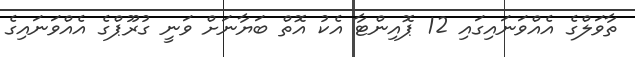
ތާވަލްގެ އެއްވަނައިގައި 12 ޕޮއިންޓާ އެކު އޮތް ބަޔާނަށް ވަނީ ގުރޫޕްގެ އެއްވަނައިގެ